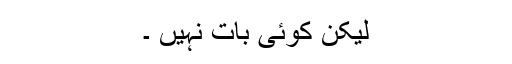
لیکن کوئی بات نہیں ۔